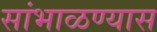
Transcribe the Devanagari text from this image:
सांभाळण्‍यास